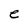
Character: e